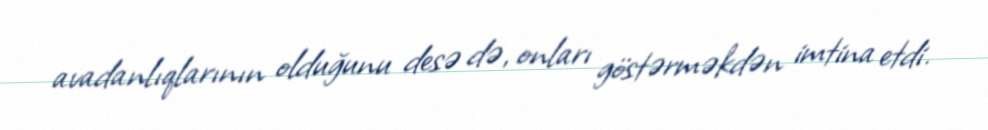
avadanlıqlarının olduğunu desə də, onları göstərməkdən imtina etdi.